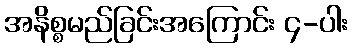
အနိစ္စမည်ခြင်းအကြောင်း ၄-ပါး